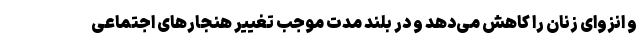
و انزوای زنان را کاهش می‌دهد و در بلند مدت موجب تغییر هنجارهای اجتماعی